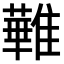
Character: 𩀵